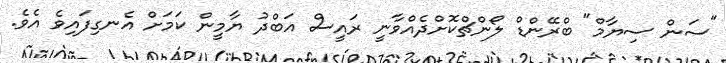
"ސަން ސިޔާމް" ބްރޭންޑް ލޯންޗްކޮށްދެއްވާނީ ރައީސް އަބްދު ޔާމީން ކަމަށް އެނގިފައިވެ އެވެ.